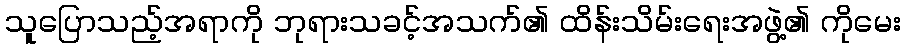
သူပြောသည့်အရာကို ဘုရားသခင့်အသက်၏ ထိန်းသိမ်းရေးအဖွဲ့၏ ကိုမေး